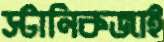
স্টানিকজাই